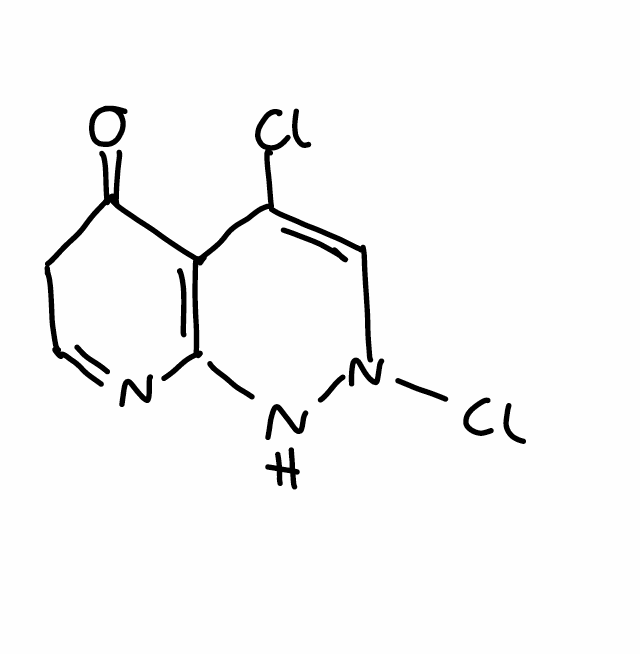
Simplified molecular-input line-entry system (SMILES) notation of the given molecule:
C1C=NC2=C(C1=O)C(=CN(N2)Cl)Cl